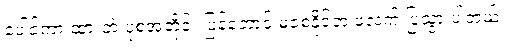
ပေါင်ကားထားတဲ့ ပုံစံအတိုင်း ပြန်တောင် မစေ့နိုင်ဘဲ ဖလက် ပြသွားပါတယ်။